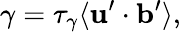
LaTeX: \gamma=\tau_{\gamma}\langle{{\mathbf{u}}^{\prime}\cdot{\mathbf{b}}^{\prime}}\rangle,